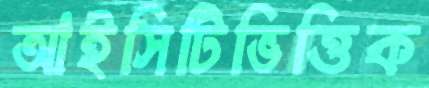
আইসিটিভিত্তিক